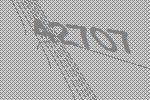
42707